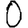
Digit: 0